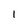
Character: 1